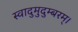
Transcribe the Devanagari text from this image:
स्वादुमुदुम्बरम्।